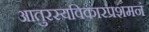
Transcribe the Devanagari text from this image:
आतुरस्यविकारप्रशमनं